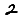
Digit: 2